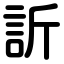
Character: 訢